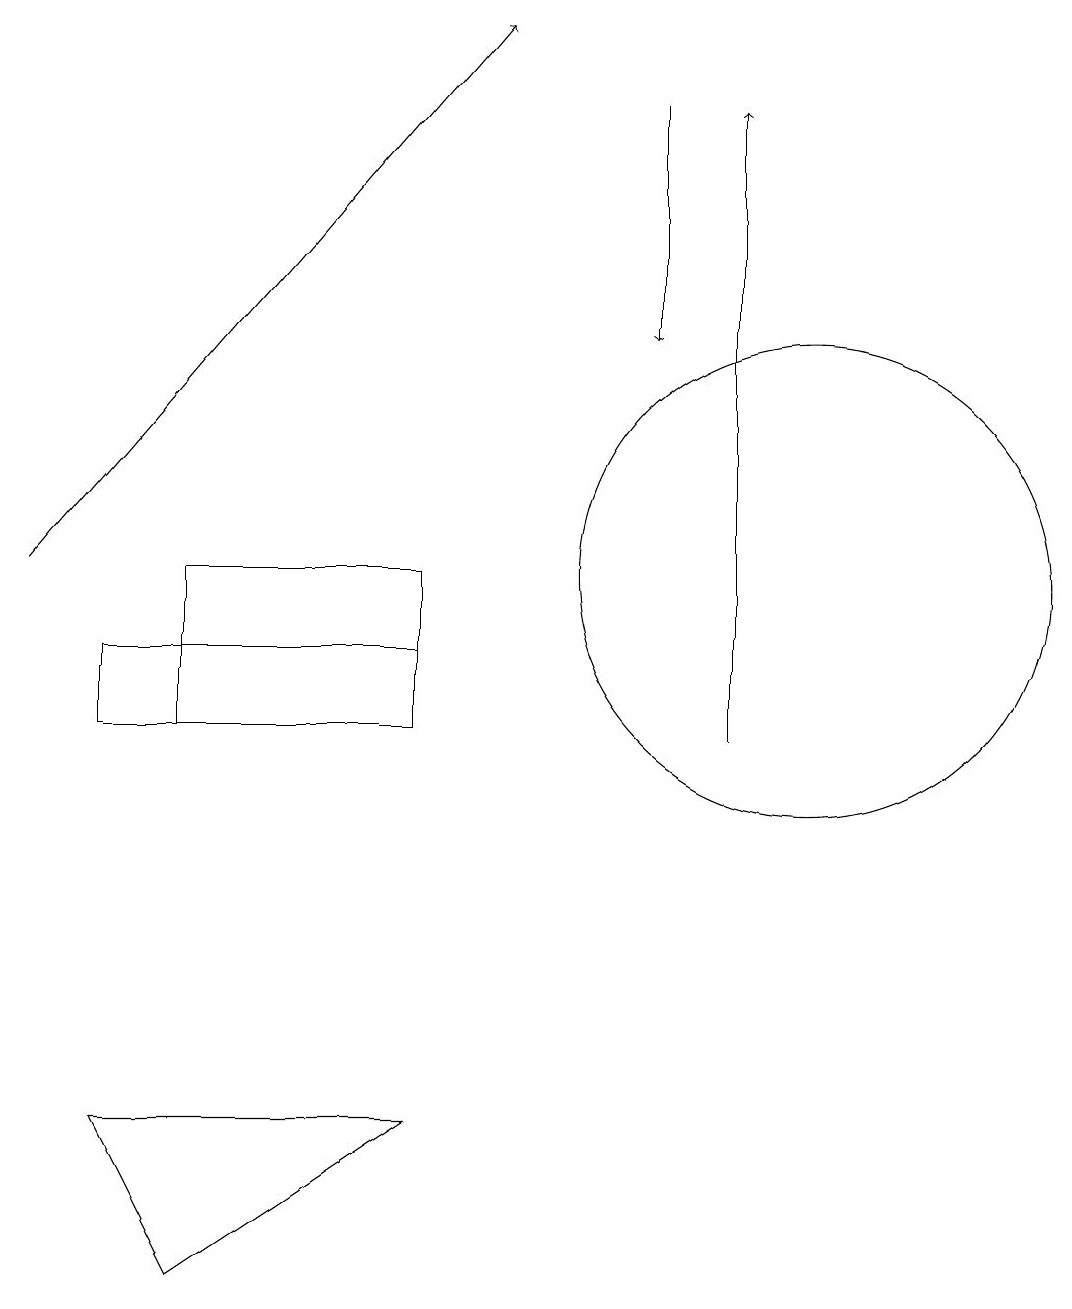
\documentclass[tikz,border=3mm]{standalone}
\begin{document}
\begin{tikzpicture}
\draw (5,11) rectangle (1,10);
\draw[->] (8,18) -- (8,15);
\draw[->] (9,10) -- (9,18);
\draw (2,3) -- (5,5) -- (1,5) -- cycle;
\draw (10,12) circle (3);
\draw[->] (0,12) -- (6,19);
\draw (5,10) rectangle (2,12);
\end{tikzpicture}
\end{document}